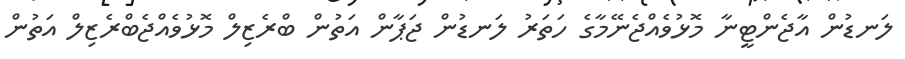
ލަނޑުން އާޖެންޓީނާ މޮޅުވެއްޖެނޭމާގެ ހަތަރު ލަނޑުން ޖަޕާން އަތުން ބްރެޒިލް މޮޅުވެއްޖެބްރެޒިލް އަތުން